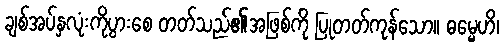
ချစ်အပ်နှလုံးကိုပွားစေ တတ်သည်၏အဖြစ်ကို ပြုတတ်ကုန်သော။ ဓမ္မေဟိ၊